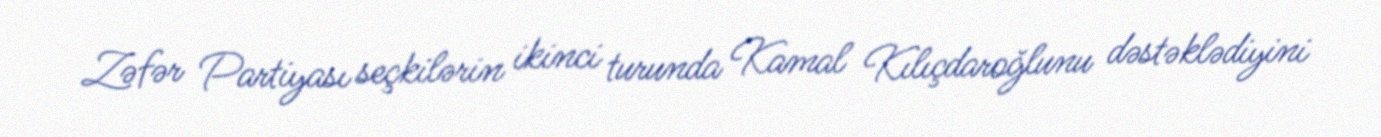
Zəfər Partiyası seçkilərin ikinci turunda Kamal Kılıçdaroğlunu dəstəklədiyini